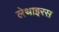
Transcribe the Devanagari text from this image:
लेथाइरस